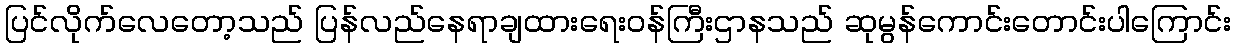
ပြင်လိုက်လေတော့သည် ပြန်လည်နေရာချထားရေးဝန်ကြီးဌာနသည် ဆုမွန်ကောင်းတောင်းပါကြောင်း